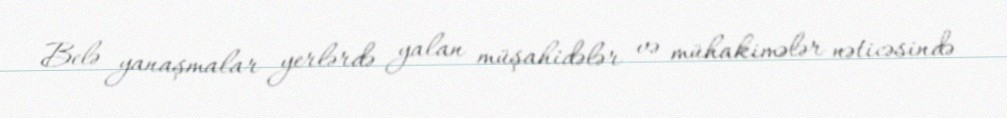
Belə yanaşmalar yerlərdə yalan müşahidələr və mühakimələr nəticəsində